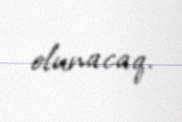
olunacaq.